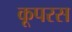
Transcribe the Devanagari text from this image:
कूपरस